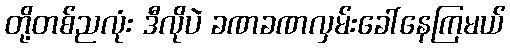
တို့တစ်ညလုံး ဒီလိုပဲ ခဏခဏလှမ်းခေါ်နေကြမယ်